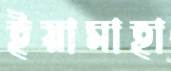
ইয়ামাহা